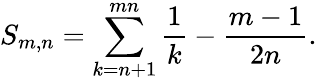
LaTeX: S_{m,n}=\sum_{k=n+1}^{mn}\frac{1}{k}-\frac{m-1}{2n}.